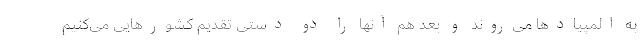
به المپیادها می‌روند و بعد هم آنها را دو دستی تقدیم کشورهایی می‌‌کنیم